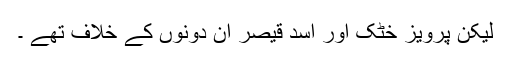
لیکن پرویز خٹک اور اسد قیصر ان دونوں کے خلاف تھے ۔